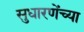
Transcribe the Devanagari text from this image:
सुधारणेंच्या